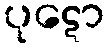
ပုဋော